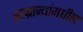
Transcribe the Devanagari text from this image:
साम्राज्यांमधील